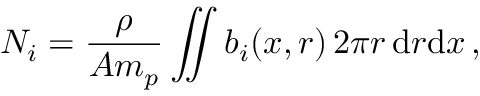
N _ { i } = \frac { \rho } { A m _ { p } } \iint b _ { i } ( x , r ) \, 2 \pi r \, \textup d r \textup d x \, ,